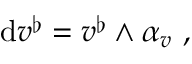
\mathrm { d } v ^ { \flat } = v ^ { \flat } \wedge \alpha _ { v } \ ,